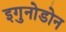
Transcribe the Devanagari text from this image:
इगुनोडोन